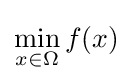
\min _{x\in \Omega }f(x)